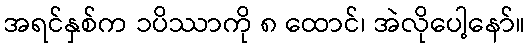
အရင်နှစ်က ၁ပိဿာကို ၈ ထောင်၊ အဲလိုပေါ့နော်။